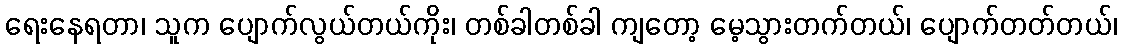
ရေးနေရတာ၊ သူက ပျောက်လွယ်တယ်ကိုး၊ တစ်ခါတစ်ခါ ကျတော့ မေ့သွားတက်တယ်၊ ပျောက်တတ်တယ်၊